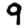
Digit: 9